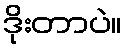
ဒိုးတာပဲ။